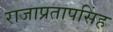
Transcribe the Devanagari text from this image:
राजाप्रतापसिंह